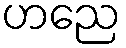
ဟညေ